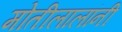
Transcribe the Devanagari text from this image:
मोतीलालांनी